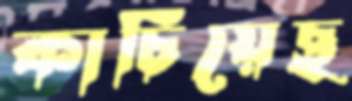
কাচিয়েছ